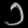
Digit: ၁